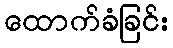
ထောက်ခံခြင်း